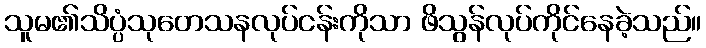
သူမ၏သိပ္ပံသုတေသနလုပ်ငန်းကိုသာ ဖိသွန်လုပ်ကိုင်နေခဲ့သည်။